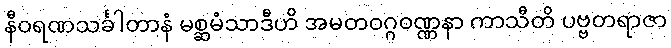
နီဝရဏသင်္ခါတာနံ မစ္ဆမံသာဒီဟိ အမတဝဂ္ဂဝဏ္ဏနာ ကာသီတိ ပဗ္ဗတရာဇာ